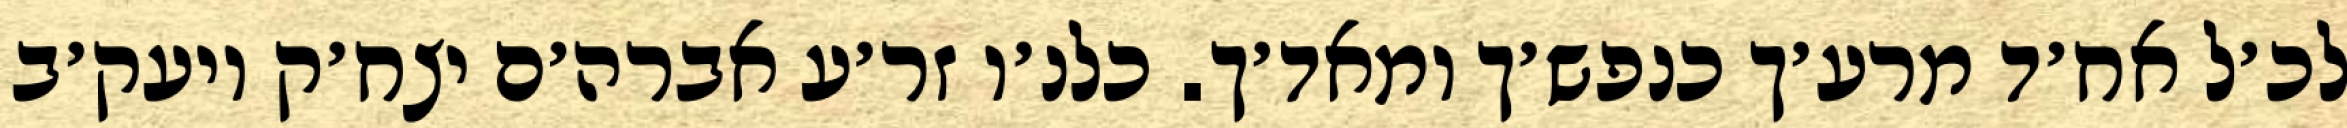
לכ׳ל אח׳ד מרע׳ך כנפש׳ך ומאד׳ך. כלנ׳ו זר׳ע אברה׳ם יצח׳ק ויעק׳ב